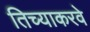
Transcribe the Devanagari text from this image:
तिच्याकरवे